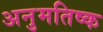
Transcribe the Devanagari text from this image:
अनुमतिष्क